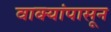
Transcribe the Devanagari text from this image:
वाक्यांपासून